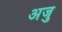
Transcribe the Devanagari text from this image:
अजु